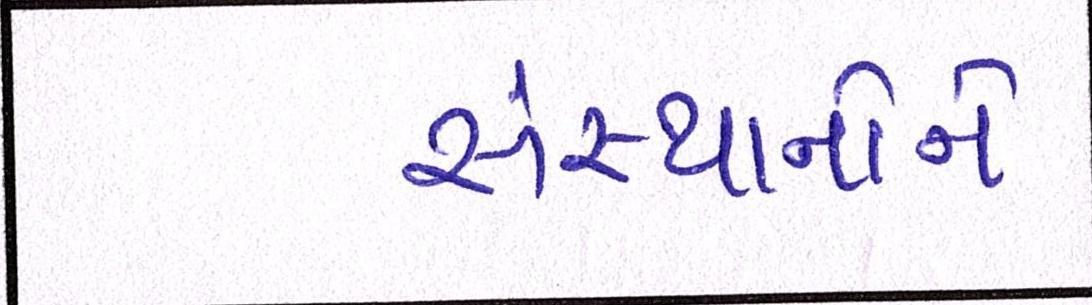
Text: સંસ્થાનોને